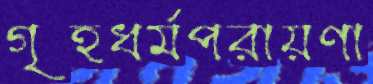
গৃহধর্মপরায়ণা